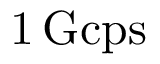
{ 1 } \, \mathrm { G c p s }